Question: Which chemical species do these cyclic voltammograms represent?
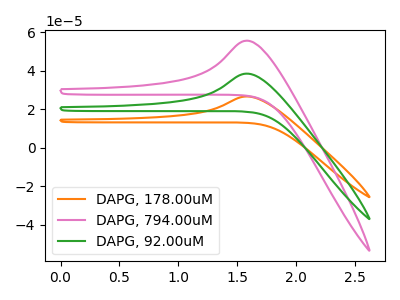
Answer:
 <answer>The orange curve is labeled "DAPG, 178.00uM". The pink curve is labeled "DAPG, 794.00uM". The green curve is labeled "DAPG, 92.00uM".</answer>
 <eval></eval>